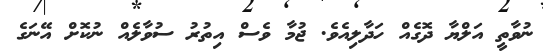
ނުވާާތީ އަލްޔާ ދޮގެއް ހަދާލިއެވެ. ޖުމާ ވެސް އިތުރު ސުވާލެއް ނުކޮށް އޭނަގެ